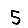
Digit: 5